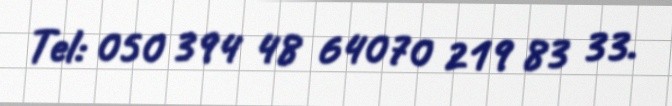
Tel: 050 394 48 64070 219 83 33.